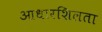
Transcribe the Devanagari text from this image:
आधारशिलता